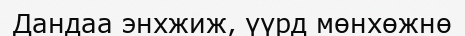
Дандаа энхжиж, үүрд мөнхөжнө